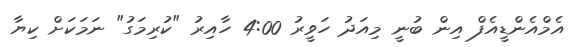
އެމްއެންޑީއެފް އިން ބުނީ މިއަދު ހަވީރު 4:00 ހާއިރު "ކުރިމަގު" ނަމަކަށް ކިޔާ